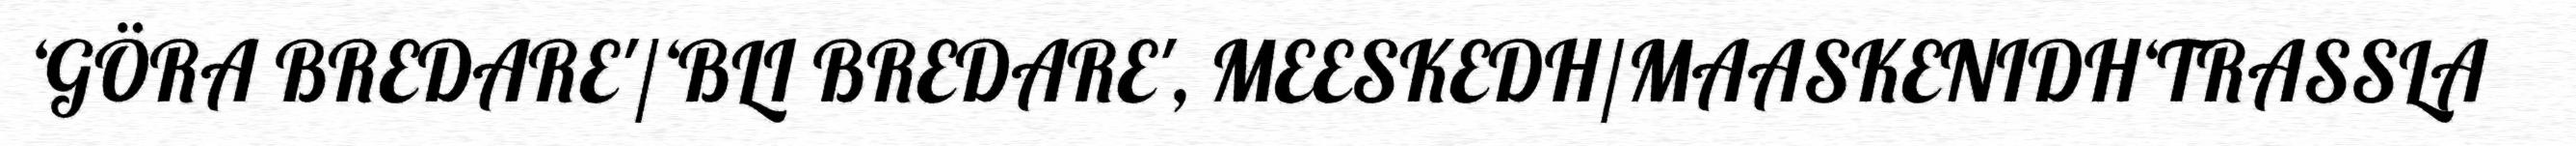
‘GÖRA BREDARE'/‘BLI BREDARE', MEESKEDH/MAASKENIDH‘TRASSLA